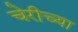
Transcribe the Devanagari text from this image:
चेरीच्या